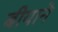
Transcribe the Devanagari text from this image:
बीयाने